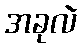
အခုလဲ